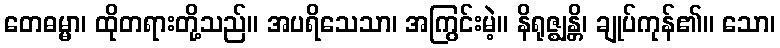
တေဓမ္မာ၊ ထိုတရားတို့သည်။ အပရိသေသာ၊ အကြွင်းမဲ့။ နိရုဇ္ဈန္တိ၊ ချုပ်ကုန်၏။ သော၊